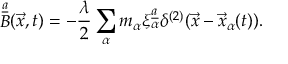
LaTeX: \mathop { B } ^ { \underline { { { a } } } } ( \vec { x } , t ) = - { \frac { \lambda } { 2 } } \sum _ { \alpha } m _ { \alpha } \xi _ { \alpha } ^ { \underline { { { a } } } } \delta ^ { ( 2 ) } ( \vec { x } - \vec { x } _ { \alpha } ( t ) ) .